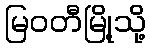
မြဝတီမြို့သို့